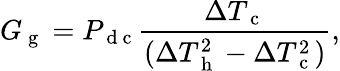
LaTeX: G_{\mathrm{~g~}}=P_{\mathrm{~d~c~}}\frac{\Delta T_{\mathrm{~c~}}}{(\Delta T_{\mathrm{~h~}}^{2}-\Delta T_{\mathrm{~c~}}^{2})}{,}